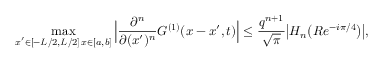
\operatorname* { m a x } _ { \substack { x ^ { \prime } \in [ - L / 2 , L / 2 ] \, x \in [ a , b ] } } \Big | \frac { \partial ^ { n } } { \partial ( x ^ { \prime } ) ^ { n } } G ^ { ( 1 ) } ( x - x ^ { \prime } , t ) \Big | \leq \frac { q ^ { n + 1 } } { \sqrt { \pi } } \big | H _ { n } \big ( R e ^ { - i \pi / 4 } \big ) \big | ,